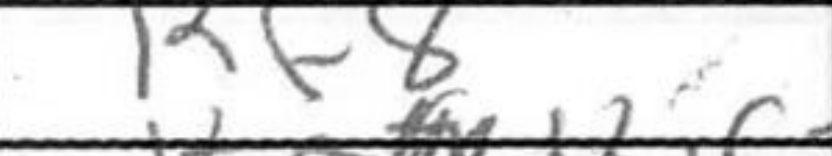
Transcription: Rf8